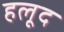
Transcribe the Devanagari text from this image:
हलूद